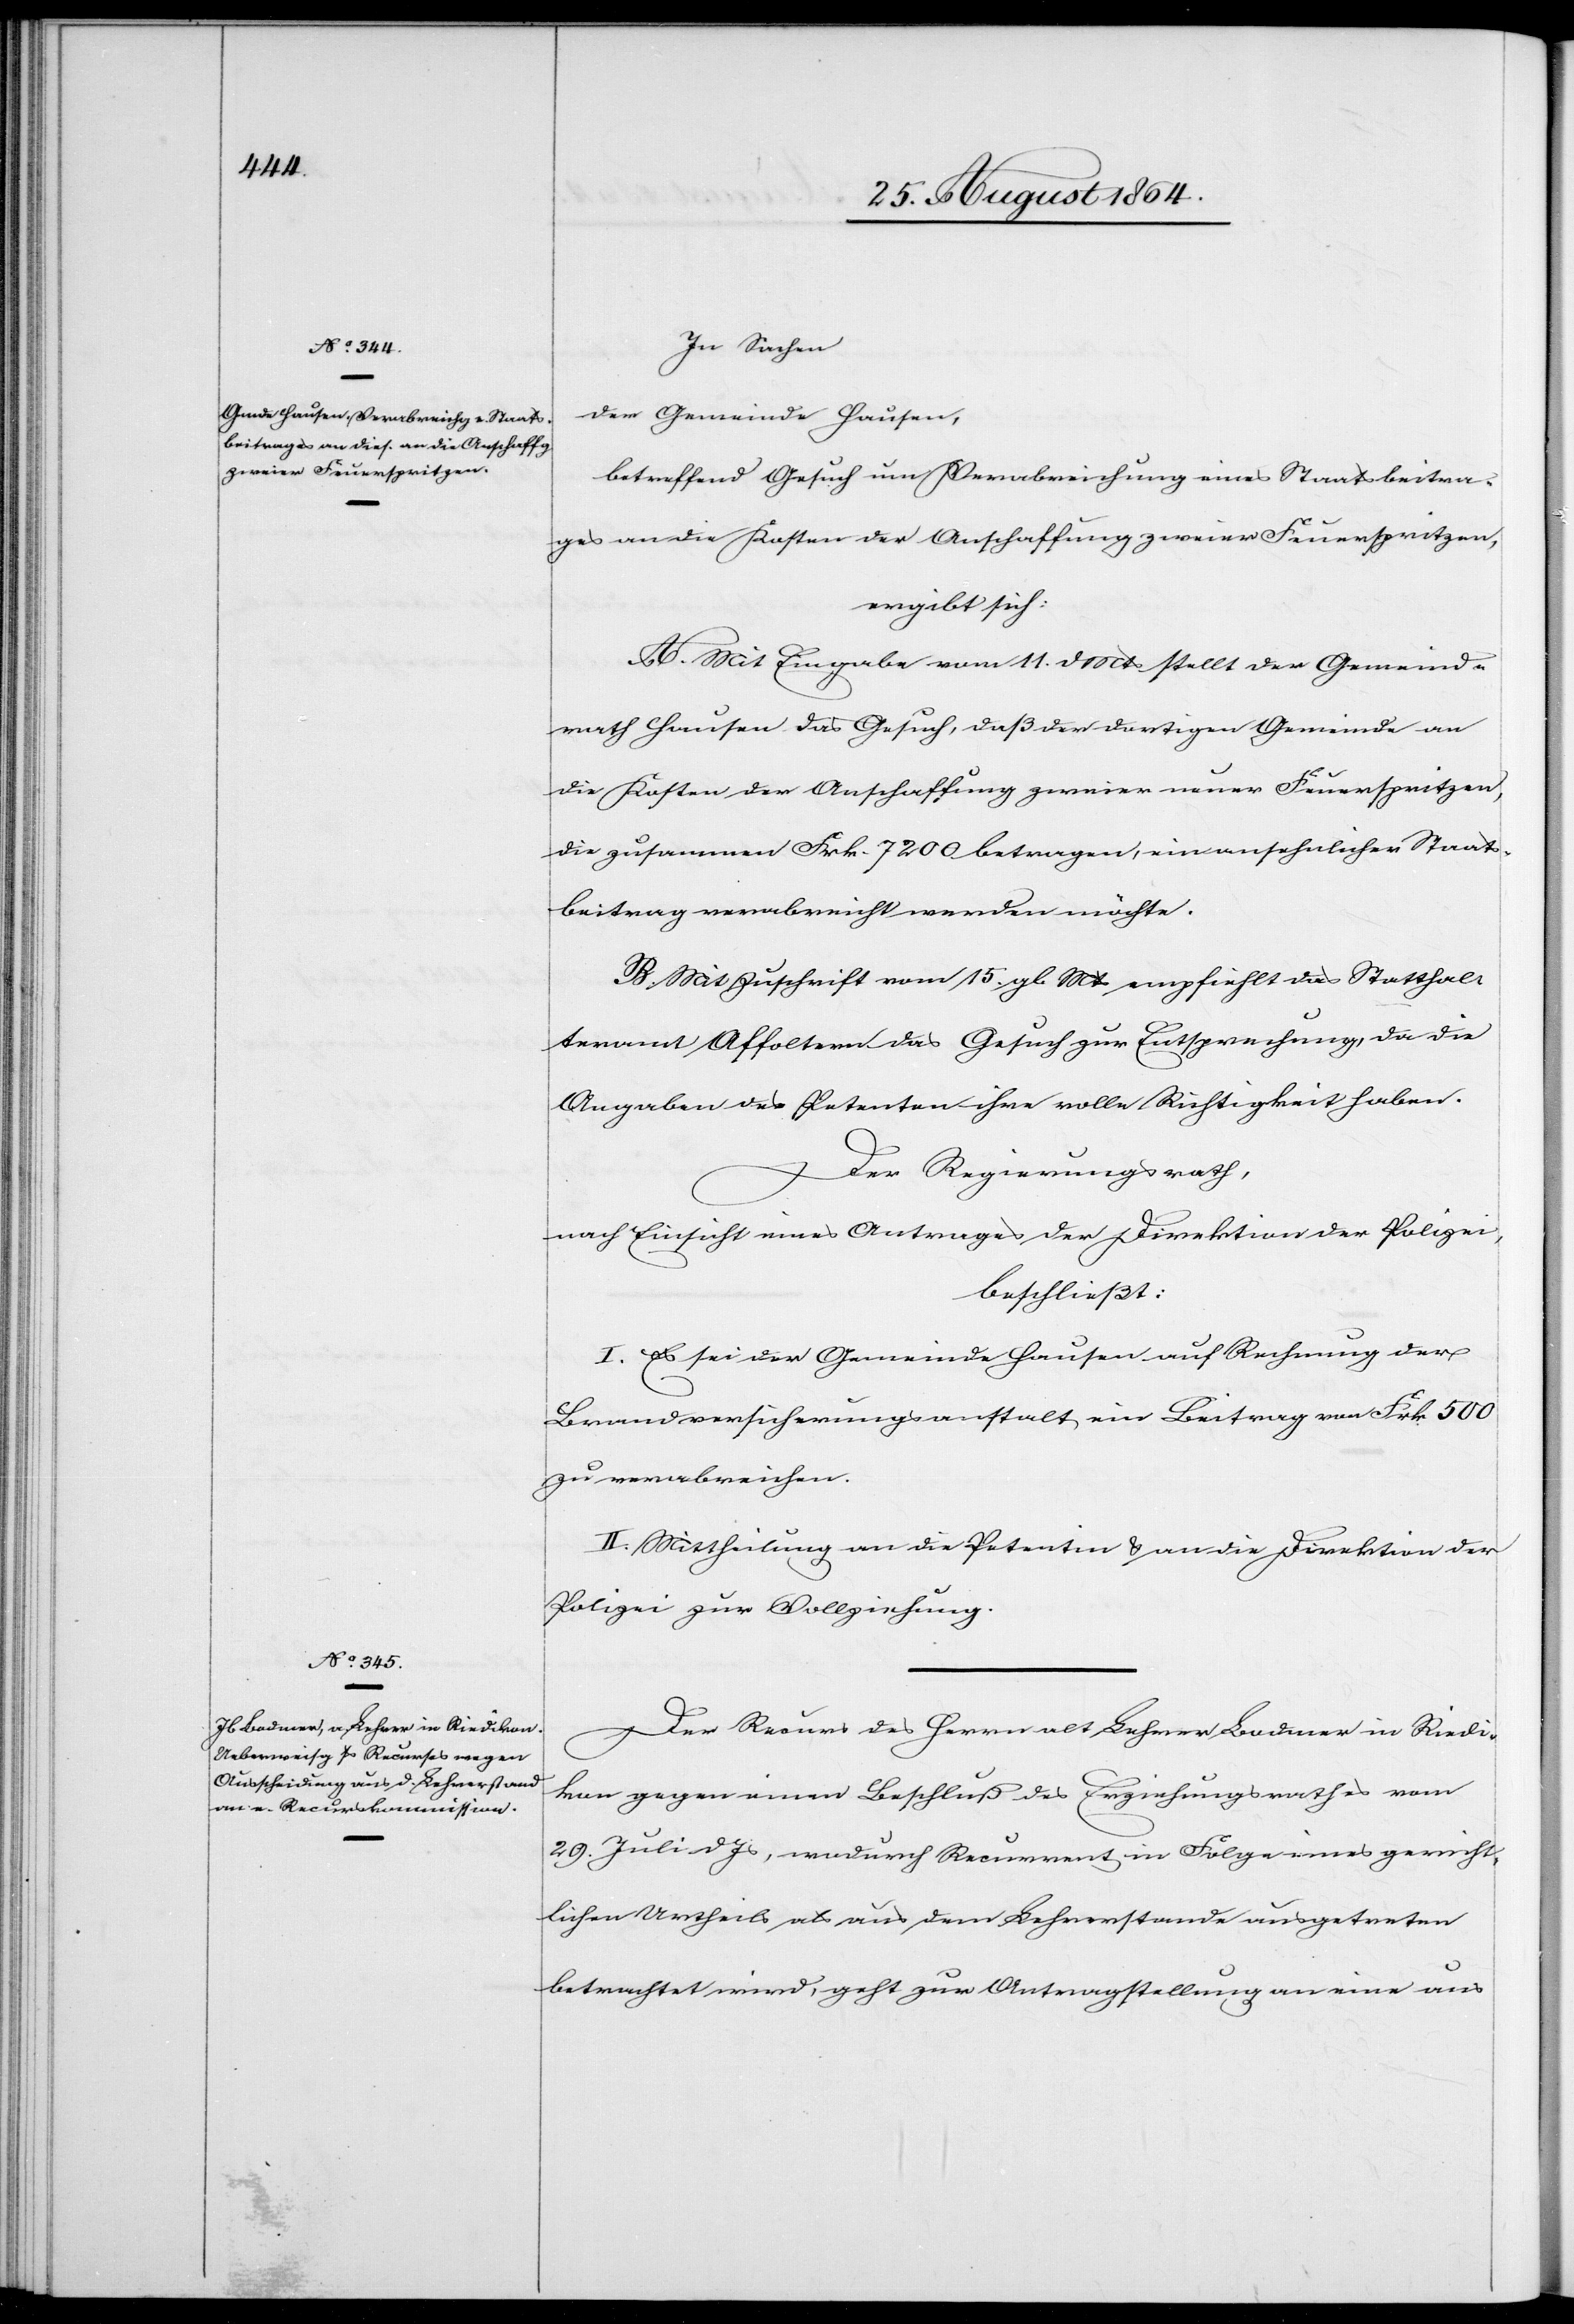
In Sachen
der Gemeinde Hausen,
betreffend Gesuch um Verabreichung eines Staatsbeitra¬
ges an die Kosten der Anschaffung zweier Feuerspritzen,
ergibt sich:
A. Mit Eingabe vom 11. d. Mts stellt der Gemeind¬
rath Hausen das Gesuch, daß der dortigen Gemeinde an
die Kosten der Anschaffung zweier neuer Feuerspritzen,
die zusammen Frk. 7200 betragen, ein ansehnlicher Staats¬
beitrag verabreicht werden möchte.
B. Mit Zuschrift vom 15. gl. Mts empfiehlt das Statthal¬
teramt Affoltern das Gesuch zur Entsprechung, da die
Angaben der Petenten ihre volle Richtigkeit haben.
Der Regierungsrath,
nach Einsicht eines Antrages der Direktion der Polizei,
beschließt:
I. Es sei der Gemeinde Hausen auf Rechnung der
Brandversicherungsanstalt ein Beitrag von Frk. 500
zu verabreichen.
II. Mittheilung an die Petentin & an die Direktion der
Polizei zur Vollziehung.
Der Recurs des Herrn alt Lehrer Bodmer in Riedi¬
kon gegen einen Beschluß des Erziehungsrathes vom
29. Juli d. Js, wodurch Recurrent in Folge eines gericht¬
lichen Urtheils als aus dem Lehrerstande ausgetreten
betrachtet wird, geht zur Antragstellung an eine aus